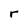
Character: r